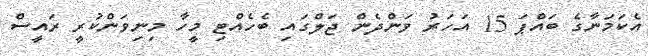
އެކަމަނާގެ ބައްޕަ 15 އަހަރު ވަންދެން ޖަލްގައި ބެހެއްޓި މީހާ މިނިވަންކުރީ ރައީސް